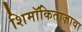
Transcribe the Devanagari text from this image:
शिमॉकिताज़ावा